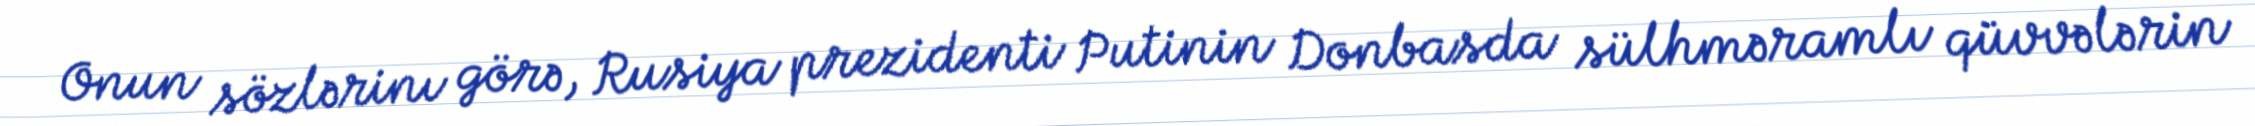
Onun sözlərinı görə, Rusiya prezidenti Putinin Donbasda sülhməramlı qüvvələrin